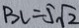
B C = 5 \sqrt { 2 }